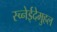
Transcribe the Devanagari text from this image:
स्च्नेईदेमुहल